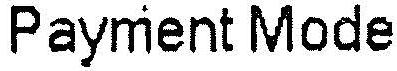
PAYMENT MODE